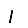
Digit: 1